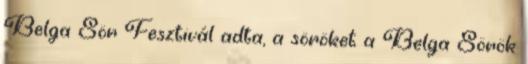
Belga Sör Fesztivál adta, a söröket a Belga Sörök